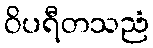
ဝိပရီတသညံ